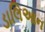
ડાલિઆન